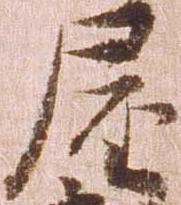
屋